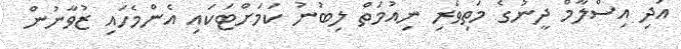
އަދި އިސްލާމް ދީނުގެ މަތިވެރި ނިއުމަތް ލިބުނު ކަމަށްޓަކައި އެންމެހައި ޒުވާނުން